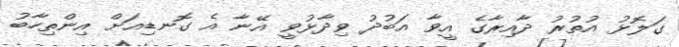
ގަލޮޅު އުތުރު ދާއިރާގެ އީވާ އަބުދު ވިދާޅުވީ އޭނާ އެ ގޮނޑިއަށް އިންތިހާބު